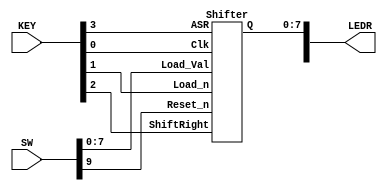
module part_3(SW, KEY, LEDR);
	input [9:0] SW, KEY;
	output [9:0] LEDR;
	
	Shifter p0(
			.Load_Val(SW[7:0]),
			.Load_n(KEY[1]),
			.ShiftRight(KEY[2]),
			.ASR(KEY[3]),
			.Clk(KEY[0]),
			.Reset_n(SW[9]),
			.Q(LEDR[7:0])
			);

endmodule

module Shifter(Load_Val, Load_n, ShiftRight, ASR, Clk, Reset_n, Q);
	input [7:0] Load_Val;
	input Load_n, ShiftRight, ASR, Clk, Reset_n;
	output [7:0] Q;
	
	wire [7:0] out_in;
	
	mux2to1 s0(
			.a(1'b0), 
			.b(1'b1), 
			.sel(ASR),
			.r(out_in[0])
			);
	
	shifterbit s1(
			.load_val(Load_Val[7]),
			.load_n(Load_n),
			.shift(ShiftRight),
			.clk(Clk),
			.reset_n(Reset_n),
			.in(out_in[0]),
			.q0(Q[7]),
			.q1(out_in[1])
			);
	
	shifterbit s2(
			.load_val(Load_Val[6]),
			.load_n(Load_n),
			.shift(ShiftRight),
			.clk(Clk),
			.reset_n(Reset_n),
			.in(out_in[1]),
			.q0(Q[6]),
			.q1(out_in[2])
			);
			
	shifterbit s3(
			.load_val(Load_Val[5]),
			.load_n(Load_n),
			.shift(ShiftRight),
			.clk(Clk),
			.reset_n(Reset_n),
			.in(out_in[2]),
			.q0(Q[5]),
			.q1(out_in[3])
			);
			
	shifterbit s4(
			.load_val(Load_Val[4]),
			.load_n(Load_n),
			.shift(ShiftRight),
			.clk(Clk),
			.reset_n(Reset_n),
			.in(out_in[3]),
			.q0(Q[4]),
			.q1(out_in[4])
			);
			
	shifterbit s5(
			.load_val(Load_Val[3]),
			.load_n(Load_n),
			.shift(ShiftRight),
			.clk(Clk),
			.reset_n(Reset_n),
			.in(out_in[4]),
			.q0(Q[3]),
			.q1(out_in[5])
			);
			
	shifterbit s6(
			.load_val(Load_Val[2]),
			.load_n(Load_n),
			.shift(ShiftRight),
			.clk(Clk),
			.reset_n(Reset_n),
			.in(out_in[5]),
			.q0(Q[2]),
			.q1(out_in[6])
			);
			
	shifterbit s7(
			.load_val(Load_Val[1]),
			.load_n(Load_n),
			.shift(ShiftRight),
			.clk(Clk),
			.reset_n(Reset_n),
			.in(out_in[6]),
			.q0(Q[1]),
			.q1(out_in[7])
			);
			
	shifterbit s8(
			.load_val(Load_Val[0]),
			.load_n(Load_n),
			.shift(ShiftRight),
			.clk(Clk),
			.reset_n(Reset_n),
			.in(out_in[7]),
			.q0(Q[0]),
			.q1()
			);
			
endmodule
	
module shifterbit(load_val, load_n, shift, clk, reset_n, in, q0, q1);
		input load_val, load_n, shift, clk, reset_n, in;
		output q0, q1;
		
		wire out_to_in, mux_to_mux, data_to_dff;
		
		mux2to1 x0(
				.a(out_to_in),
				.b(in),
				.sel(shift),
				.r(mux_to_mux)
				);
		
		mux2to1 x1(
				.a(load_val),
				.b(mux_to_mux),
				.sel(load_n),
				.r(data_to_dff)
				);
		
		flipflop x2(
				.d(data_to_dff),
				.clock(clk),
				.reset_in_dff(reset_n),
				.flip_out0(q0),
				.flip_out1(q1),
				.flip_out2(out_to_in)
				);

endmodule

module mux2to1(a, b, sel, r);
	input a, b, sel;
	output r;
	assign r = (a & ~sel)|(b & sel);

endmodule

module flipflop(d, clock, reset_in_dff, flip_out0, flip_out1, flip_out2);
	input d, clock, reset_in_dff;
	output flip_out0, flip_out1, flip_out2;
	
	reg out;
	
	always @(posedge clock)
	
	begin
	
		if (reset_in_dff == 1'b0)
		
			out <= 1'b0;
			
		else
		
			out <= d;
			
	end
	
	assign flip_out0 = out;
	assign flip_out1 = out;
	assign flip_out2 = out;

endmodule